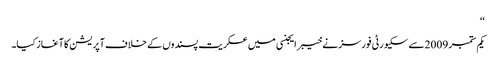
‘‘
یکم ستمبر 2009سے سکیورٹی فورسز نے خیبر ایجنسی میں عسکریت پسندوں کے خلاف آپریشن کا آغاز کیا۔